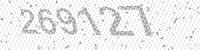
Solution: 269127